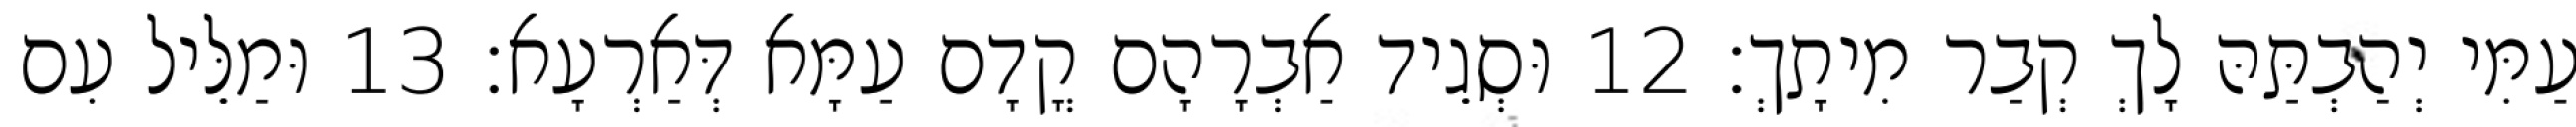
עַמִּי יְהַבְתַּהּ לָךְ קְבַר מִיתָךְ׃ 12 וּסְגֵיד אַבְרָהָם קֳדָם עַמָּא דְּאַרְעָא׃ 13 וּמַלֵּיל עִם